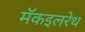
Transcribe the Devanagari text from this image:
मॅकइलरेथ